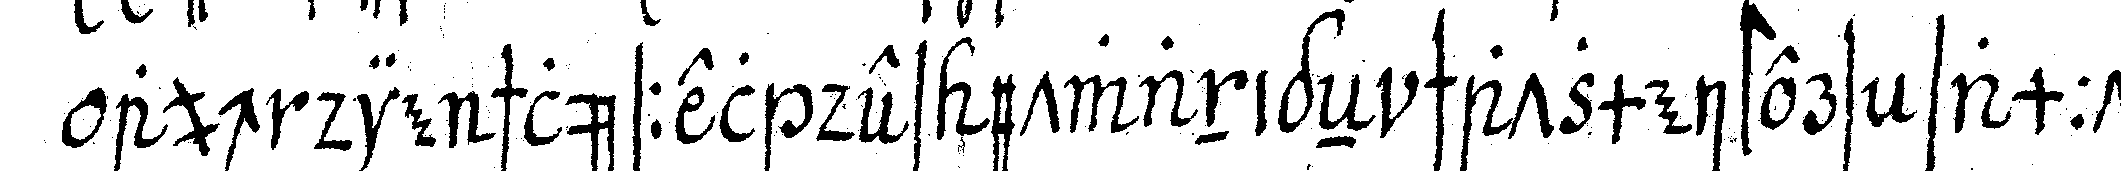
auch die schlüssel des etwanigeN schatzmeisters sammt